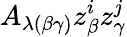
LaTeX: A_{\lambda(\beta\gamma)}z_{\beta}^{i}z_{\gamma}^{j}